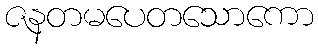
ဇနတမပေတသောကော